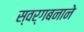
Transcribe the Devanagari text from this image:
स्वर्गबनाने